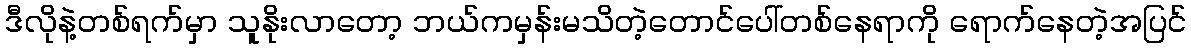
ဒီလိုနဲ့တစ်ရက်မှာ သူနိုးလာတော့ ဘယ်ကမှန်းမသိတဲ့တောင်ပေါ်တစ်နေရာကို ရောက်နေတဲ့အပြင်